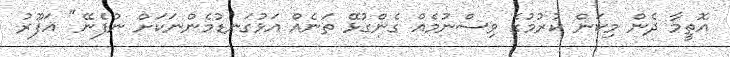
އޮތީމާ ދެން މިކަން ކުރުމުގެ ވިސްނުމެއް ގެންގުޅޭ ތަނެއް އަޅުގަނޑުމެންނަކަށް ނުފެނޭ" ޣަފޫރު